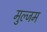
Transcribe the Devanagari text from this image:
मुल्जम